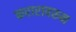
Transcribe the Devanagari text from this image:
करारावरुन